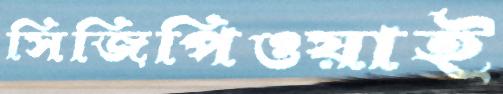
সিজিপিওয়াই